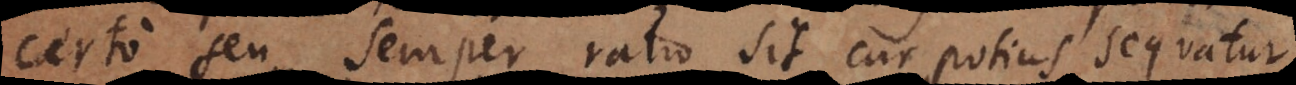
certo seu semper ratio sit cur potius sequatur